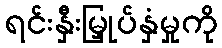
ရင်းနှီးမြှုပ်နှံမှုကို